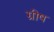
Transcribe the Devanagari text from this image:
ग्रीष